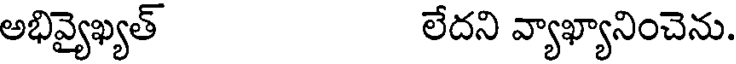
అభివ్యైఖ్యత్ లేదని వ్యాఖ్యానించెను.